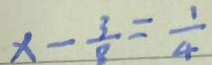
x - \frac { 3 } { 8 } = \frac { 1 } { 4 }